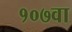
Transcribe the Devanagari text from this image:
१०७वा